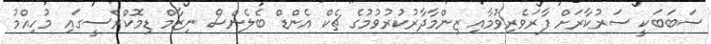
ސަބަބަކީ ސަރުކާރަށް ފާރަވެރިވުމާއި ޒިންމާދާރުކުރުވުމުގެ ޗެކް އެންޑް ބެލެންސް ނިޒާމް ޑިމޮކްރެސީގައި މުހިއްމު